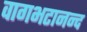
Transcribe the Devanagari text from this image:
वागभटानन्द